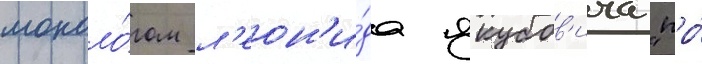
моноло́гом л'еон'и́да якубов'ича "про́